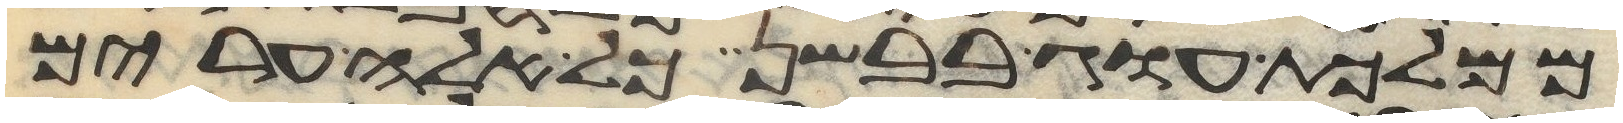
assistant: ממלכות עוג בבשן כל אלה ערים